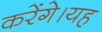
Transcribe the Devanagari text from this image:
करेंगे।यह